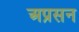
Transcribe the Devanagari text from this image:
अप्रसन